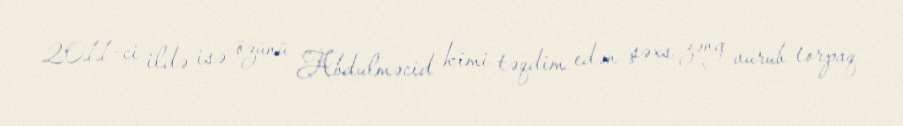
2011-ci ildə isə özünü Abdulməcid kimi təqdim edən şəxs zəng vurub torpaq